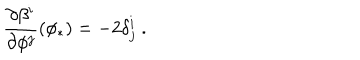
{ \frac { \partial \beta ^ { i } } { \partial \phi ^ { j } } } ( \phi _ { * } ) = - 2 \delta _ { j } ^ { i } \ .